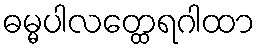
ဓမ္မပါလတ္ထေရဂါထာ